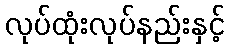
လုပ်ထုံးလုပ်နည်းနှင့်